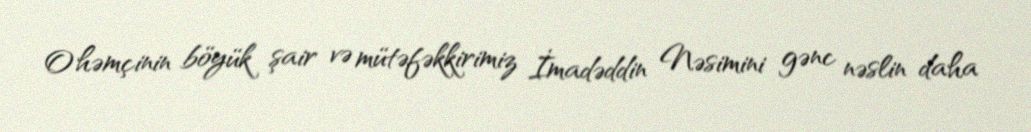
O həmçinin böyük şair və mütəfəkkirimiz İmadəddin Nəsimini gənc nəslin daha